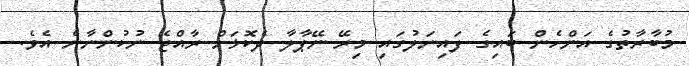
މުބާރާތުގެ އަންހެން ބައިގެ ފައިނަލުގައި މިރޭ ނޭޕާލާ ދެކޮޅަށް ރާއްޖެ ނުކުންނާނެ އެވެ.